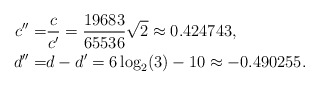
\begin{align*}c'' = & \dfrac{c}{c'} = \dfrac{19683}{65536}\sqrt{2} \approx 0.424743, \\d'' = & d-d' = 6 \log_2(3) - 10 \approx - 0.490255.\end{align*}